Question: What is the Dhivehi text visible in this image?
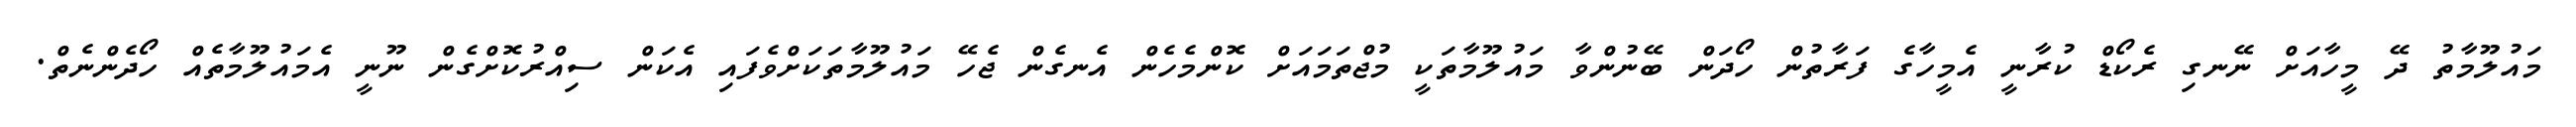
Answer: މައުލޫމާތު ދޭ މީހާއަށް ނޭނގި ރެކޯޑް ކުރާނީ އެމީހާގެ ފަރާތުން ހޯދަން ބޭނުންވާ މައުލޫމާތަކީ މުޖްތަމައަށް ކޮންމެހެން އެނގެން ޖެހޭ މައުލޫމާތަކަށްވެފައި އެކަން ސިއްރުކޮށްގެން ނޫނީ އެމައުލޫމާތެއް ހޯދެންނެތް.